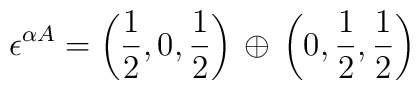
\epsilon^{\alpha A} =  \left(\frac{1}{2},0,\frac{1}{2}\right)\, \oplus \,\left(0,\frac{1}{2},\frac{1}{2}\right)\,